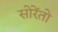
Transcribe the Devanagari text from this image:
सोरेंतो